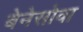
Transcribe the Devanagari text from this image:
बेनेसोवा